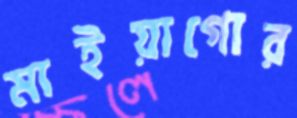
মাইয়াগোর